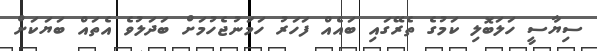
ސިޔާސީ ހަލަބޮލި ކަމުގެ ތެރޭގައި ބައެއް ފަހަރު ހަމަނުޖެހުމަށް ބަދަލުވެ އެތައް ބަޔަކަށް